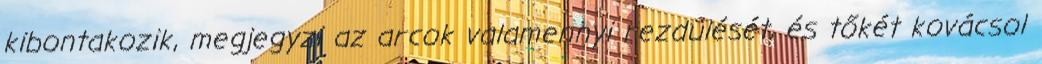
kibontakozik, megjegyzi az arcok valamennyi rezdülését, és tőkét kovácsol